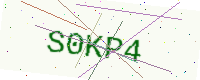
Text: S0KP4